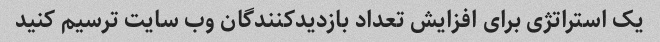
یک استراتژی برای افزایش تعداد بازدیدکنندگان وب سایت ترسیم کنید